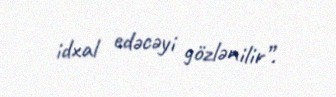
idxal edəcəyi gözlənilir”.